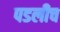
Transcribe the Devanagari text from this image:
पडलीच